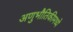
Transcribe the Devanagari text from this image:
अणुभौतिकीमध्ये